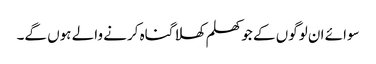
سوائے ان لوگوں کے جو کھلم کھلا گناہ کرنے والے ہوں گے۔